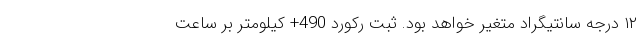
۱۲ درجه سانتیگراد متغیر خواهد بود. ثبت رکورد 490+ کیلومتر بر ساعت